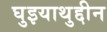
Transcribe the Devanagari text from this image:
घुइयाथुद्दीन